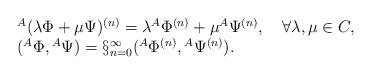
LaTeX: \begin{align*}\begin{array}{l}{}^{A}(\lambda\Phi +\mu\Psi)^{(n)}=\lambda {}^{A}\Phi^{(n)} + \mu {}^{A}\Psi^{(n)}, \quad \forall \lambda, \mu \in C,\\ ({}^{A}\Phi,{}^{A}\Psi)=\S^{\infty}_{n=0}({}^{A}\Phi^{(n)},{}^{A}\Psi^{(n)}).\end{array}\end{align*}